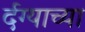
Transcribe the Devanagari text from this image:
र्दग्याच्या